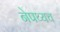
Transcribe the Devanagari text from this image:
नेपथ्यच